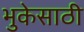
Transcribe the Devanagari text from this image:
भुकेसाठी